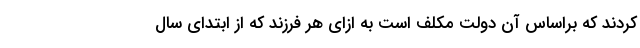
کردند که براساس آن دولت مکلف است به ازای هر فرزند که از ابتدای سال